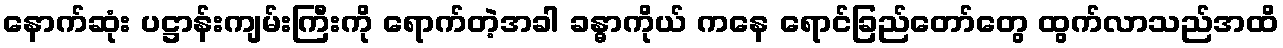
နောက်ဆုံး ပဋ္ဌာန်းကျမ်းကြီးကို ရောက်တဲ့အခါ ခန္ဓာကိုယ် ကနေ ရောင်ခြည်တော်တွေ ထွက်လာသည်အထိ